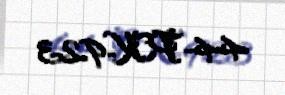
44-PK-923